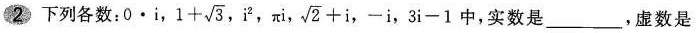
2 下列各数：0·i ，$$1+\sqrt{3}$$ ，i^{2}，\pi i， $$\sqrt{2}+i$$，-i，$$3i-1$$中，实数是___，虚数是